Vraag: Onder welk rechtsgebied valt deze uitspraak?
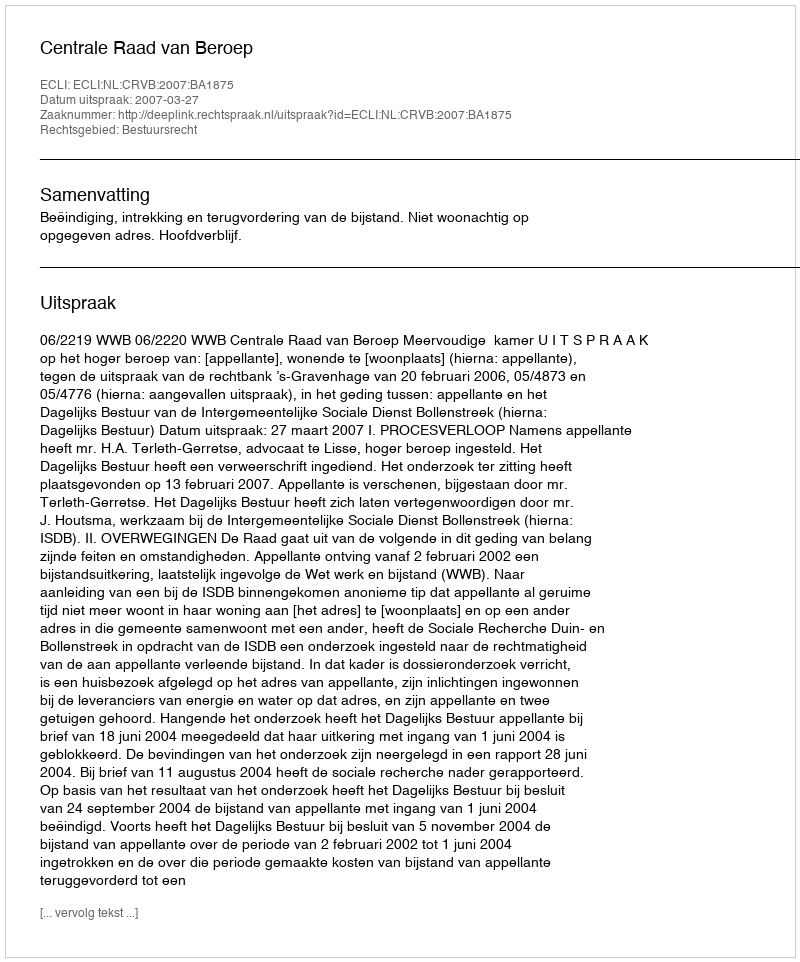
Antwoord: Bestuursrecht